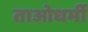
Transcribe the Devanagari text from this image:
ताओधर्मी